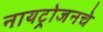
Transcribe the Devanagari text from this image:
नायट्रोजनचे